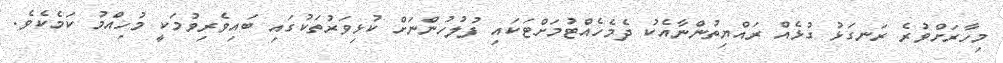
މިހާރަށްވުރެ ރަނގަޅު ގުޅެއް ރައްޔިތުންނާއެކު ދެމެހެއްޓުމަށްޓަކައި ފުލުހުންނަށް ކުޅިވަރުތަކުގައި ބައިވެރިވުމަކީ މުހިއްމު ކަމެކެވެ.